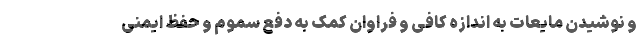
و نوشیدن مایعات به اندازه کافی و فراوان کمک به دفع سموم و حفظ ایمنی